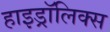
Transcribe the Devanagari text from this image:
हाइड्रॉलिक्स